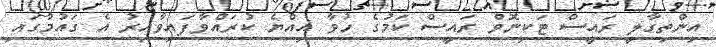
އިންތިގާލީ ރައީސް ޓަކިނޮވް ރައީސް ކަމުގެ ހުވާ އިއްޔެ ކުރައްވާފައިވާއިރު އެ ގައުމުގައި